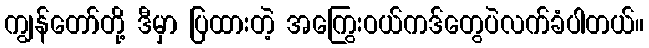
ကျွန်တော်တို့ ဒီမှာ ပြထားတဲ့ အကြွေးဝယ်ကဒ်တွေပဲလက်ခံပါတယ်။